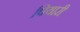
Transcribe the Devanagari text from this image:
पियारी